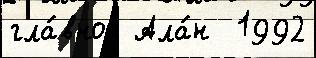
гла́вной Ала́н  1992